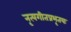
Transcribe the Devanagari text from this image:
नृत्यगीतप्रभृतयः